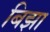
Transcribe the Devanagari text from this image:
बिझा